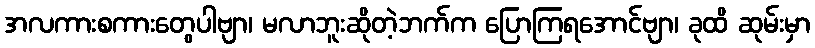
အလကားစကားတွေပါဗျာ၊ မလာဘူးဆိုတဲ့ဘက်က ပြောကြရအောင်ဗျာ၊ ခုထိ ဆုမ်းမှာ